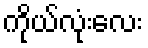
ကိုယ်လုံးလေး